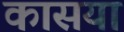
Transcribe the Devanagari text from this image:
कासया